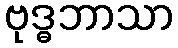
ဗုဒ္ဓဘာသာ